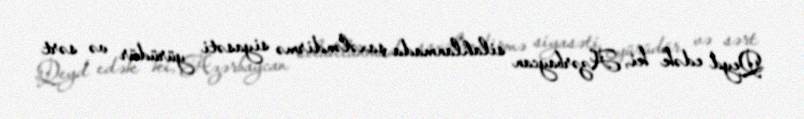
Qeyd edək ki, Azərbaycan silahlanmada şaxələndirmə siyasəti yürüdür və sərt